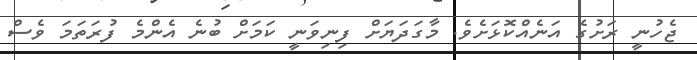
ޖެހުނީ ރަށުގެ އަނެއްކޮޅަށެވެ. މާގަދަޔަށް ފިނިވަނީ ކަމަށް ބުނެ އެންމެ ފުރަތަމަ ވެސް